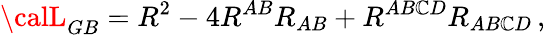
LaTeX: {\calL}_{GB}=R^{2}-4R^{AB}R_{AB}+R^{AB\mathbb{C}D}R_{AB\mathbb{C}D}\, ,